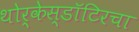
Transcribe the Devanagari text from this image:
थोर्केस्डॉटिरचा